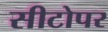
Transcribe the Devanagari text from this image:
सीटोपर